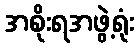
အစိုးရအဖွဲ့ရုံး